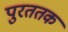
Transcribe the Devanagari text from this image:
पुरततक